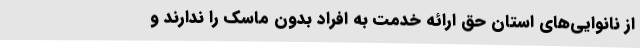
از نانوایی‌های استان حق ارائه خدمت به افراد بدون ماسک را ندارند و